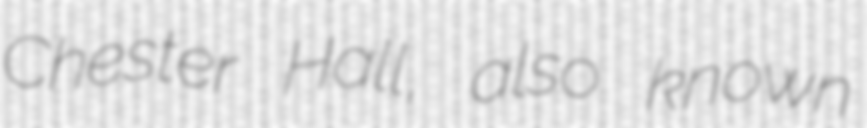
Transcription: Chester Hall, also known